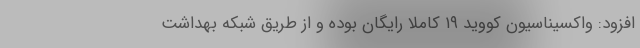
افزود: واکسیناسیون کووید ۱۹ کاملا رایگان بوده و از طریق شبکه بهداشت